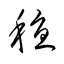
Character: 穏